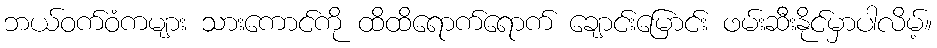
ဘယ်ဝက်ဝံကများ သားကောင်ကို ထိထိရောက်ရောက် ချောင်းမြောင်း ဖမ်းဆီးနိုင်မှာပါလိမ့်။